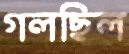
গলছিল